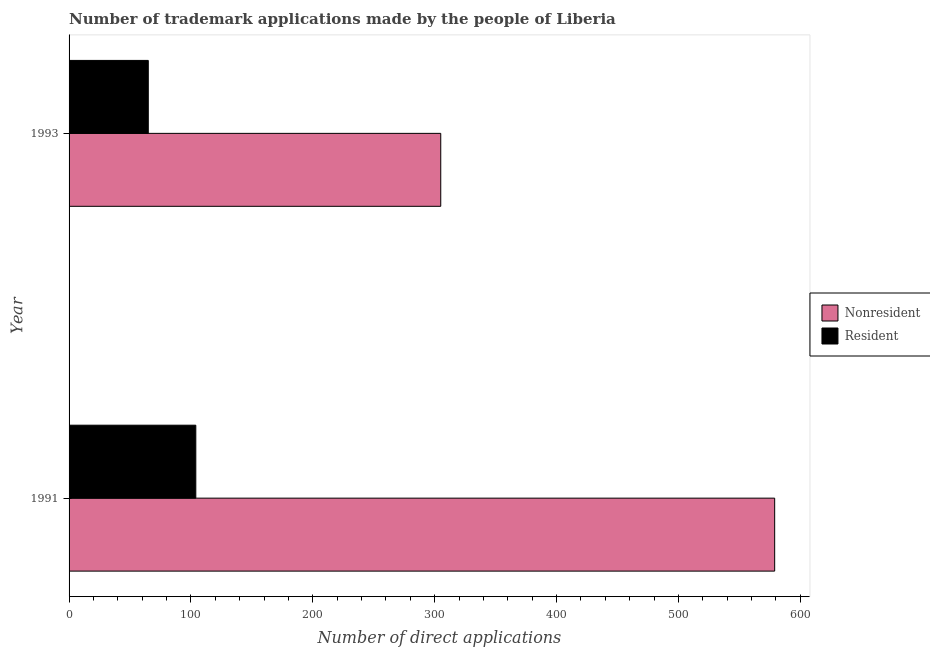
| Year | Nonresident | Resident |
 | --- | --- | --- |
 | 1991 | 579 | 104 |
 | 1993 | 305 | 65 |